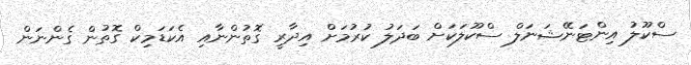
ސްކޫލު އިންޓަނޭޝަނަލް ސްކޫލަކަށް ބަދަލު ކުރުމަށް އިދާރީ ގޮތުންނާއި އެކަޑަމިކް ގޮތުން ގެންނަން